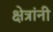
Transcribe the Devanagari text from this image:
क्षेत्रांनी